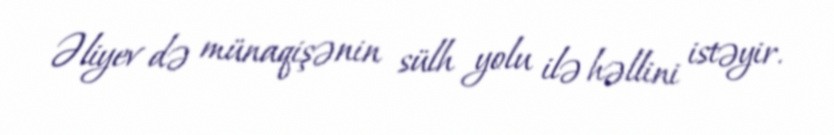
Əliyev də münaqişənin sülh yolu ilə həllini istəyir.